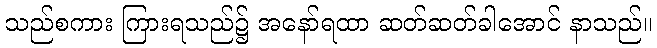
သည်စကား ကြားရသည်၌ အနော်ရထာ ဆတ်ဆတ်ခါအောင် နာသည်။